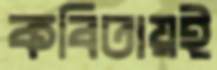
কবিতায়ই